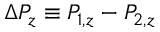
\Delta P _ { z } \equiv P _ { 1 , z } - P _ { 2 , z }